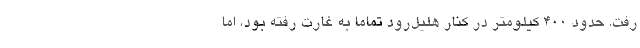
رفت. حدود ۴۰۰ کیلومتر در کنار هلیل‌رود تماما به غارت رفته بود، اما